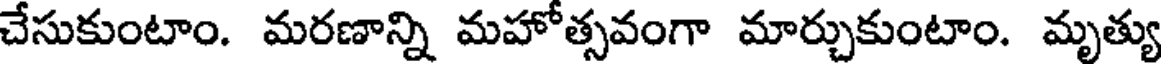
చేసుకుంటాం. మరణాన్ని మహోత్సవంగా మార్చుకుంటాం. మృత్యు